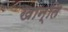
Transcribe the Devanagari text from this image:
खान्ति